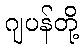
ဂျပန်တို့